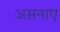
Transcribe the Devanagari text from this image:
असनाए